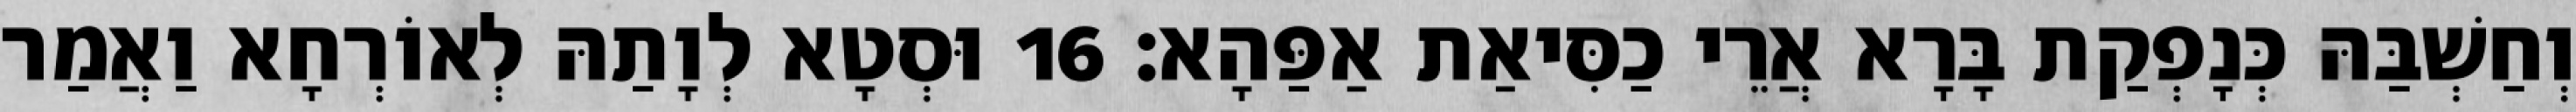
וְחַשְׁבַּהּ כְּנָפְקַת בָּרָא אֲרֵי כַסִּיאַת אַפַּהָא׃ 16 וּסְטָא לְוָתַהּ לְאוֹרְחָא וַאֲמַר